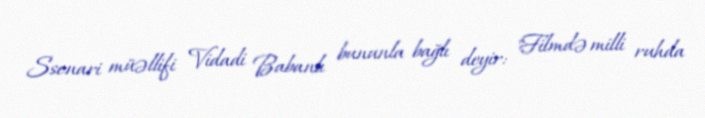
Ssenari müəllifi Vidadi Babanlı bununla bağlı deyir: "Filmdə milli ruhda